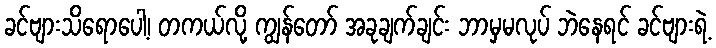
ခင်ဗျားသိရောပေါ့၊ တကယ်လို့ ကျွန်တော် အခုချက်ချင်း ဘာမှမလုပ် ဘဲနေရင် ခင်ဗျားရဲ့